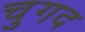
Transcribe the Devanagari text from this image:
चुगद